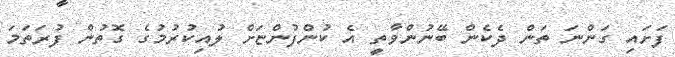
ފަށައި ގަންނަ ތަން ދެކެން ބޭނުންވާތީ އެ ކުންފުންޏަށް ލުއިކުރުމުގެ ގޮތުން ފުރަތަމަ